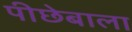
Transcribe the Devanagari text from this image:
पीछेबाला